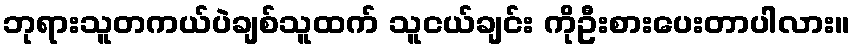
ဘုရားသူတကယ်ပဲချစ်သူထက် သူငယ်ချင်း ကိုဦးစားပေးတာပါလား။